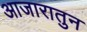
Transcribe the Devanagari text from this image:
आजारातुन